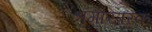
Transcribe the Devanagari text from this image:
श्रृंगारपरक